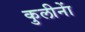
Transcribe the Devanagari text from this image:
कुलीनाें